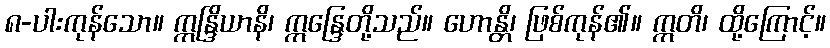
၈-ပါးကုန်သော။ ဣန္ဒြိယာနိ၊ ဣန္ဒြေတို့သည်။ ဟောန္တိ၊ ဖြစ်ကုန်၏။ ဣတိ၊ ထို့ကြောင့်။